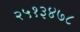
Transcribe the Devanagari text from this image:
२५१३४७८